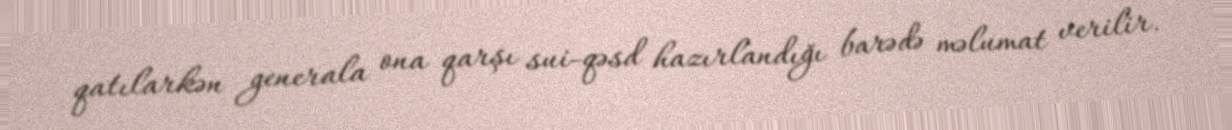
qatılarkən generala ona qarşı sui-qəsd hazırlandığı barədə məlumat verilir.